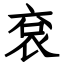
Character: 袞